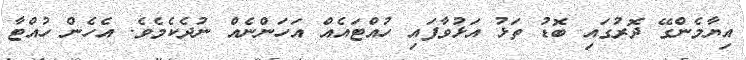
އިޔާމެންގޭ ދޮރުގައި ބޮޑު ތަޅު އަޅުވާފައި ހުއްޓައެއް އަހަންނެއް ނުދެކެމެވެ. އެހެން ހުއްޓާ